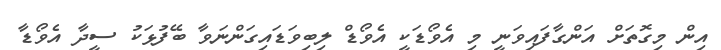
އިން މިގޮތަށް އަންގާފައިވަނީ މި އެވޯޑަކީ އެވޯޑް ލިބިވަޑައިގަންނަވާ ބޭފުޅަކު ސީދާ އެވޯޑާ